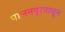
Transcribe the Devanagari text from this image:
पालनपूरपासून